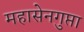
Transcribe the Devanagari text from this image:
महासेनगुप्ता